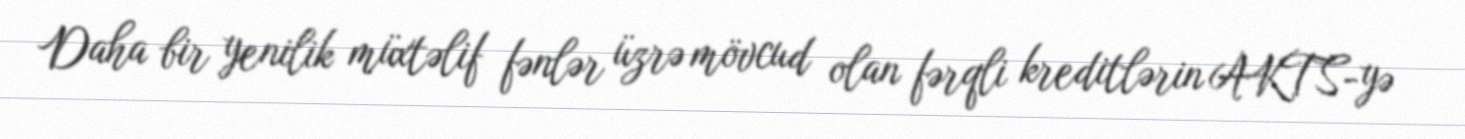
Daha bir yenilik müxtəlif fənlər üzrə mövcud olan fərqli kreditlərin AKTS-yə